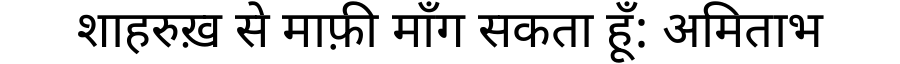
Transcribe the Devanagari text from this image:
शाहरुख़ से माफ़ी माँग सकता हूँ: अमिताभ